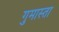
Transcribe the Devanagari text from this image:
गुमास्ता